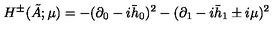
H ^ { \pm } ( \tilde { A } ; \mu ) = - ( \partial _ { 0 } - i \bar { h } _ { 0 } ) ^ { 2 } - ( \partial _ { 1 } - i \bar { h } _ { 1 } \pm i \mu ) ^ { 2 }